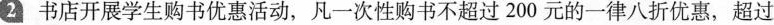
2 书店开展学生购书优惠活动，凡一次性购书不超过200元的一律八折优惠，超过